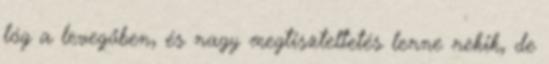
lóg a levegőben, és nagy megtiszteltetés lenne nekik, de